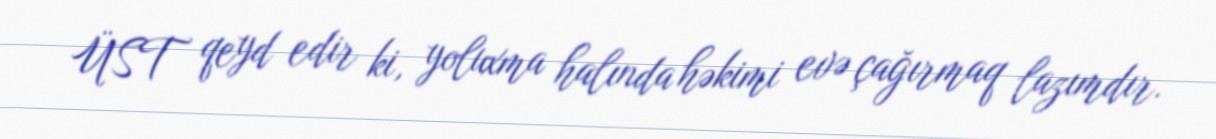
ÜST qeyd edir ki, yoluxma halında həkimi evə çağırmaq lazımdır.